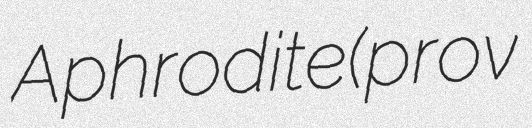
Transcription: Aphrodite (prov